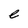
Character: e